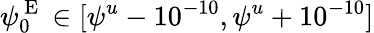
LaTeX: \psi_{0}^{\mathrm{~E~}}\in[\psi^{u}-10^{-10},\psi^{u}+10^{-10}]